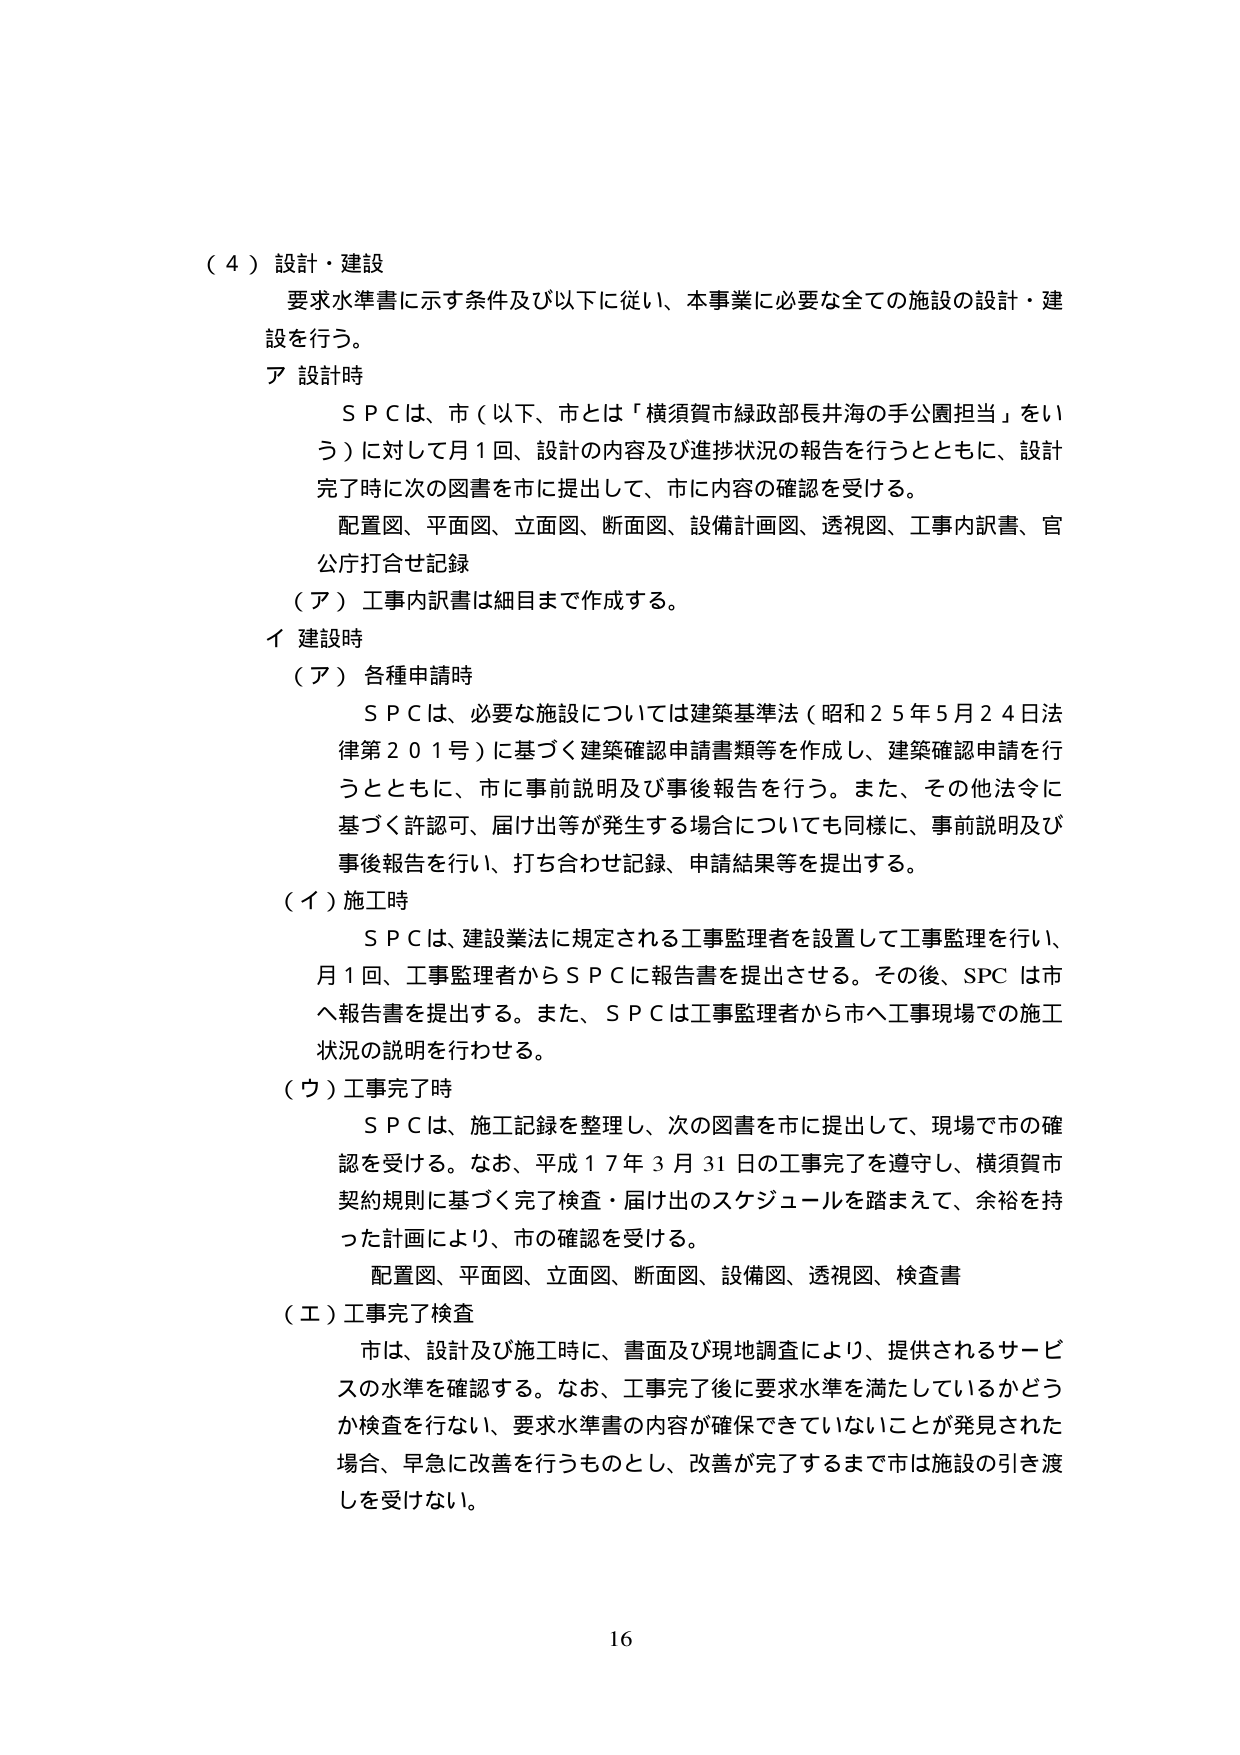
（４）設計・建設
要求水準書に示す条件及び以下に従い、本事業に必要な全ての施設の設計・建設を行う。
ア 設計時
　ＳＰＣは、市（以下、市とは「横須賀市緑政部長井海の手公園担当」をいう）に対して月１回、設計の内容及び進捗状況の報告を行うとともに、設計完了時に次の図書を市に提出して、市に内容の確認を受ける。
　配置図、平面図、立面図、断面図、設備計画図、透視図、工事内訳書、官公庁打合せ記録
　（ア）工事内訳書は細目まで作成する。
イ 建設時
　（ア）各種申請時
　　ＳＰＣは、必要な施設については建築基準法（昭和２５年５月２４日法律第２０１号）に基づく建築確認申請書類等を作成し、建築確認申請を行うとともに、市に事前説明及び事後報告を行う。また、その他法令に基づく許認可、届け出等が発生する場合についても同様に、事前説明及び事後報告を行い、打ち合わせ記録、申請結果等を提出する。
　（イ）施工時
　　ＳＰＣは、建設業法に規定される工事監理者を設置して工事監理を行い、月１回、工事監理者からＳＰＣに報告書を提出させる。その後、ＳＰＣは市へ報告書を提出する。また、ＳＰＣは工事監理者から市へ工事現場での施工状況の説明を行わせる。
　（ウ）工事完了時
　　ＳＰＣは、施工記録を整理し、次の図書を市に提出して、現場で市の確認を受ける。なお、平成１７年３月３１日の工事完了を遵守し、横須賀市契約規則に基づく完了検査・届け出のスケジュールを踏まえて、余裕を持った計画により、市の確認を受ける。
　　配置図、平面図、立面図、断面図、設備図、透視図、検査書
　（エ）工事完了検査
　　市は、設計及び施工時に、書面及び現地調査により、提供されるサービスの水準を確認する。なお、工事完了後に要求水準を満たしているかどうか検査を行ない、要求水準書の内容が確保できていないことが発見された場合、早急に改善を行うものとし、改善が完了するまで市は施設の引き渡しを受けない。
16